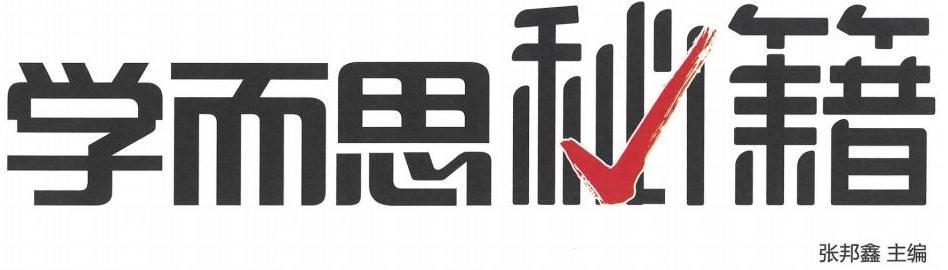
学而思秘籍
张邦鑫 主编